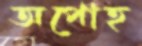
অপোহ